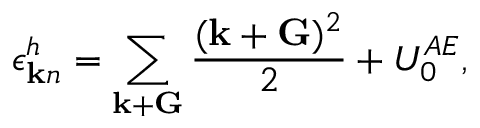
\epsilon _ { { \bf k } n } ^ { h } = \sum _ { { \bf k } + { \bf G } } \frac { ( { \bf k } + { \bf G } ) ^ { 2 } } { 2 } + U _ { 0 } ^ { A E } ,